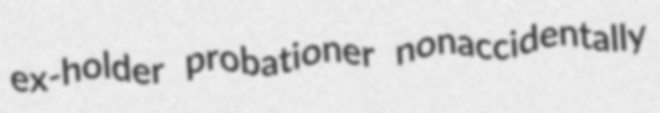
ex-holder probationer nonaccidentally